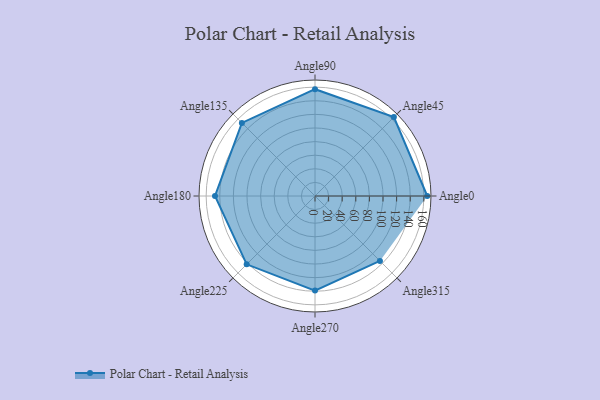
{"axis": {"x": "Angle", "y": "Radius"}, "legend": [""], "data": [{"x": "Angle0", "y": 165.0, "type": ""}, {"x": "Angle45", "y": 164.0, "type": ""}, {"x": "Angle90", "y": 157.0, "type": ""}, {"x": "Angle135", "y": 152.0, "type": ""}, {"x": "Angle180", "y": 147.0, "type": ""}, {"x": "Angle225", "y": 142.0, "type": ""}, {"x": "Angle270", "y": 139.0, "type": ""}, {"x": "Angle315", "y": 135.0, "type": ""}]}